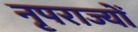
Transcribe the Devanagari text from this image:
नृपराज्यों